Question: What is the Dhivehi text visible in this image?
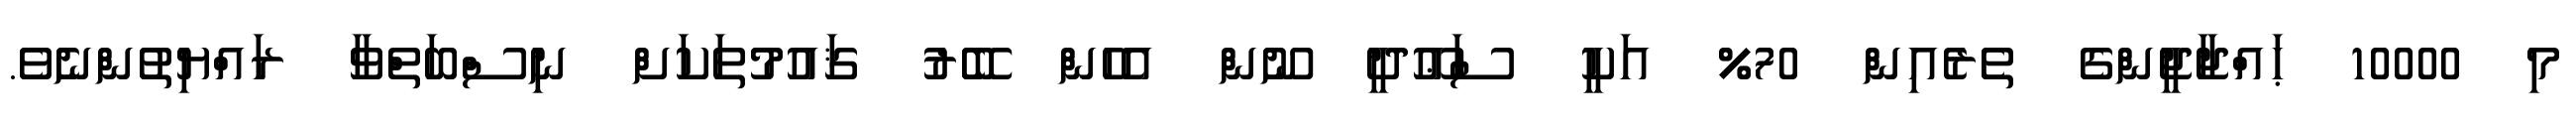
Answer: މި 10000 ޙައްޖާޖީންގެ ތެރެއިން 70% އަކީ ސަޢޫދީ ނޫން އެހެން ބޭރު ޤައުމުތަކަށް ނިސްބަތްވާ ރައްޔިތުންނެވެ.